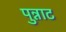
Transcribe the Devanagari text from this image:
पुन्नाट